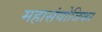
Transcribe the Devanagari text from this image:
महासंयोजिका